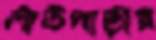
লাউপাড়ার